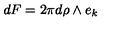
d F = 2 \pi d \rho \wedge e _ { k }